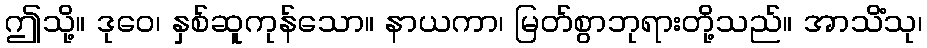
ဤသို့။ ဒုဝေ၊ နှစ်ဆူကုန်သော။ နာယကာ၊ မြတ်စွာဘုရားတို့သည်။ အာသိံသု၊